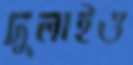
দুলাইও